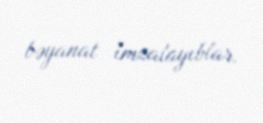
bəyanat imzalayıblar.